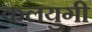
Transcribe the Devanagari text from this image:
कलयुगी